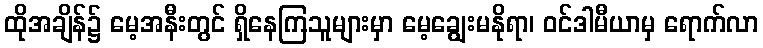
ထိုအချိန်၌ မေ့အနီးတွင် ရှိနေကြသူများမှာ မေ့ချွေးမနိုရာ၊ ဝင်ဒါမီယာမှ ရောက်လာ